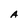
Character: A